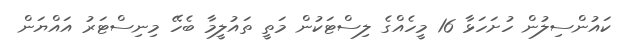
ކައުންސިލުން ހުށަހަޅާ 16 މީހެއްގެ ލިސްޓަކުން މަތީ ތައުލީމާ ބެހޭ މިނިސްޓަރު އައްޔަން